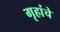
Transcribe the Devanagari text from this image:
गृहांचे